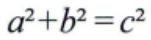
\(a^{2}+b^{2}=c^{2}\)